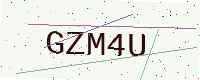
Text: GZM4U